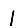
Digit: 1